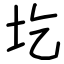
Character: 圪